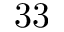
3 3